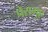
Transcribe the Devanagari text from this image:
पेरागुए